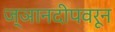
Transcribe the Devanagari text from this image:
ज्ञानदीपवरून